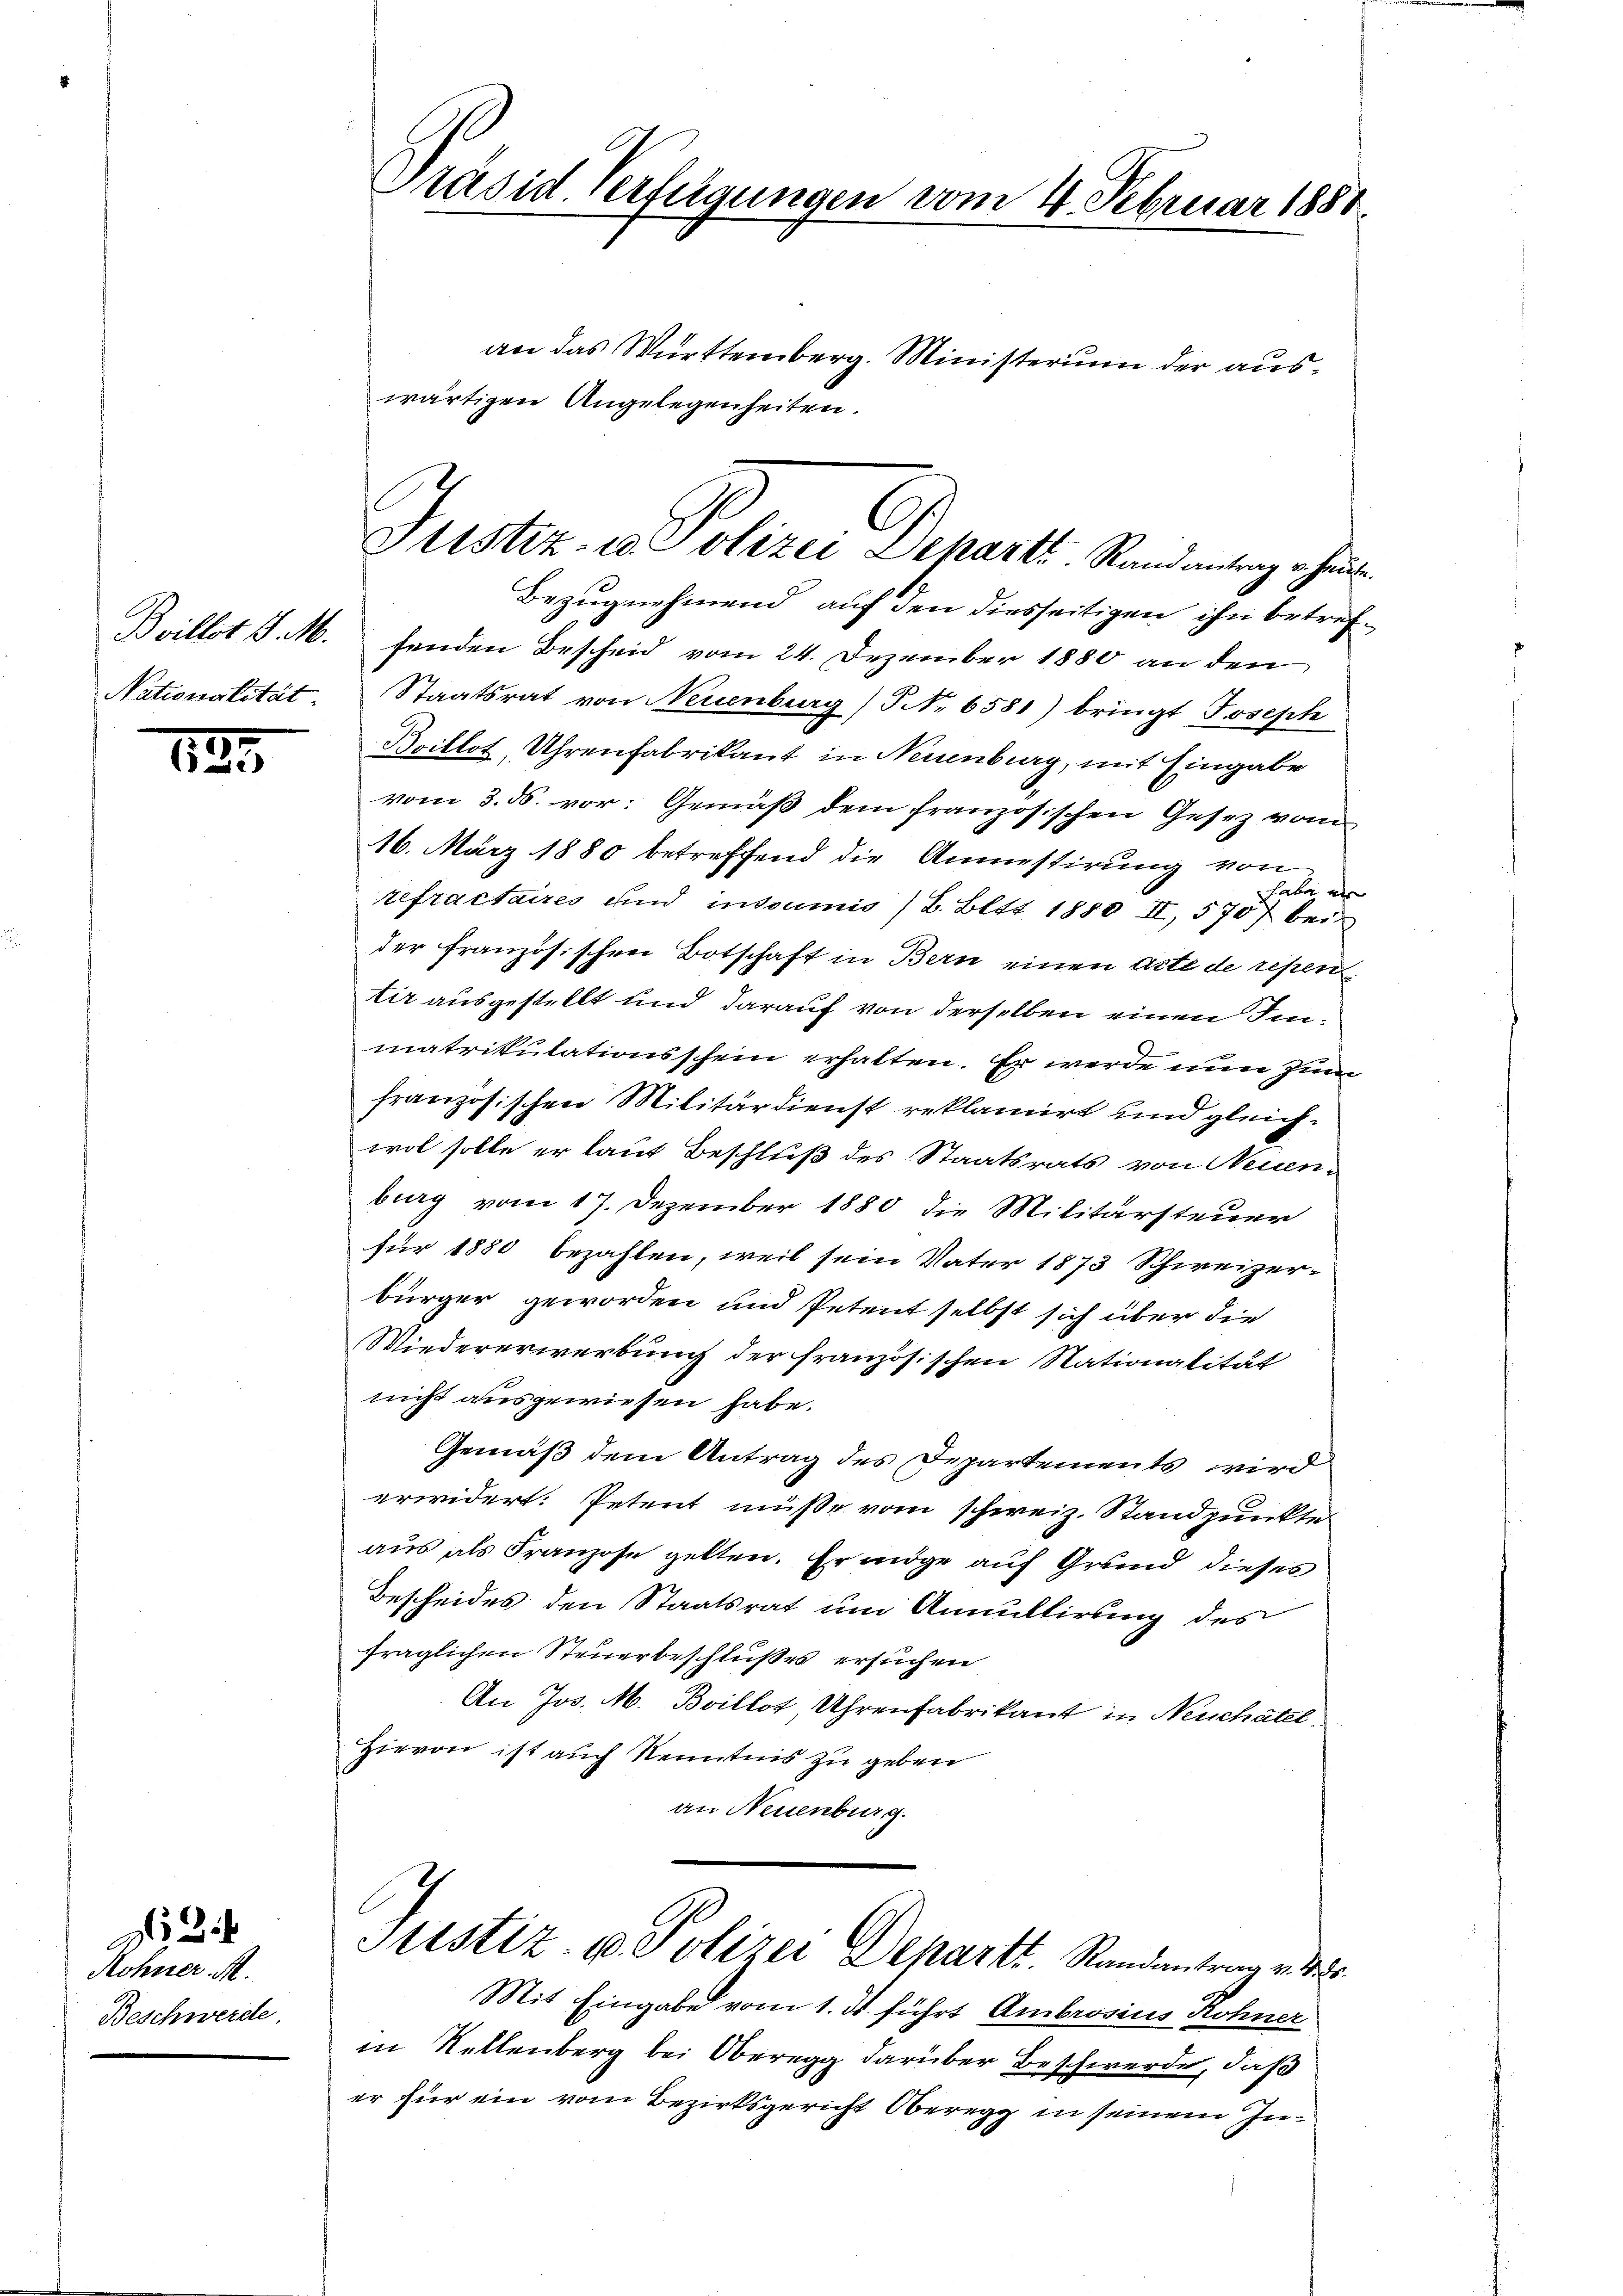
Nationalität

129

Rohner M.
Beschwerde.

24

an das Württemberg. Ministerium der auswärtigen Angelegenheiten.
Bezugnehmend auf den diesseitigen ihn betref¬
Brillot J. M. senden Bescheid vom 24. Dezember 1880 an den
Staatsrat von Neuenburg) No 6581) bringt Joseph
Boillot, Uhrenfabrikant in Neuenburg, mit Eingabe
vom 3. ds. vor: Gemäß dem französischen Gesez vom
16. März 1880 betreffend die Anmestirung von
habe ein
tefractaires und insoumis (B. Bett 1880 II, 570 bei
der französischen Botschaft in Bern einen Acte de repen
tir ausgestellt und darauf von derselben einen Immatrikulationsschein erhalten. Er werde nun zum
französischen Militärdienst reklamirt und gleichwol solle er laut Beschluß des Staatsrats von Neuenburg vom 17. Dezember 1880 die Militärsteuer
für 1880 bezahlen, weil sein Vater 1873 Schweizerbürger geworden und Petent selbst sich über die
Wiedererwerbung der französischen Nationalität
nicht ausgewiesen habe.
Gemäß dem Antrag des Departements wird
erwidert. Petent müsse vom schweiz. Standpunkte
aus als Franzose gelten. Er möge auf Grund dieses
Bescheides den Staatsrat um Annullirung des
fraglichen Steuerbeschlußes ersuchen
An Jos. M. Boillot, Uhrenfabrikant in Neuchatel
Hievon ist auch Kenntnis zu geben
an Neuenburg.
Justiz- u. Polizei Departt. Randantrag v. 18
Mit Eingabe vom 1. ds. führt Ambrosius Rohner
in Stellenberg bei Oberegg darüber Beschwerde, daß
er für ein vom Bezirksgericht Oberegg in seinem In¬

Präsid. Verfügungen vom 4. Februar 1880.

C
Justiz- u. Polizei Departt. Randantrag hint